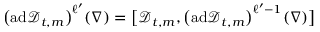
\bigl ( \mathrm { a d } \mathscr { D } _ { t , m } \bigr ) ^ { \ell ^ { \prime } } ( \nabla ) = \bigl [ \mathscr { D } _ { t , m } , \bigl ( \mathrm { a d } \mathscr { D } _ { t , m } \bigr ) ^ { \ell ^ { \prime } - 1 } ( \nabla ) \bigr ]